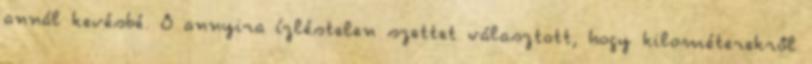
annál kevésbé. Ő annyira ízléstelen szettet választott, hogy kilométerekről